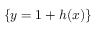
\{ y = 1 + h ( x ) \}